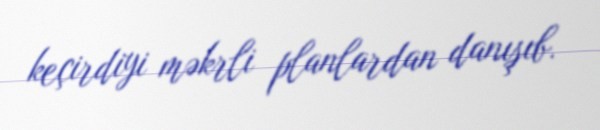
keçirdiyi məkrli planlardan danışıb.